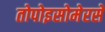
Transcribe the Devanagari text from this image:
तोपोइसोमेरसे